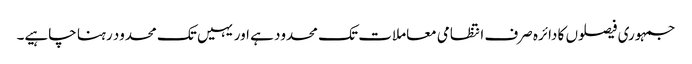
جمہوری فیصلوں کا دائرہ صرف انتظامی معاملات تک محدود ہے اور یہیں تک محدود رہنا چاہیے۔